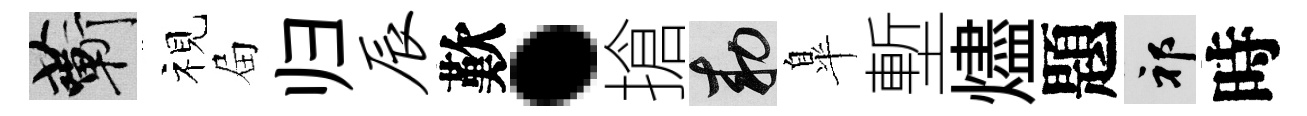
蔪视屇归辰歎·搶敕臯塹燼題祁時